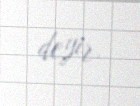
deyir.